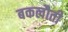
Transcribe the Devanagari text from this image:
बकलौती